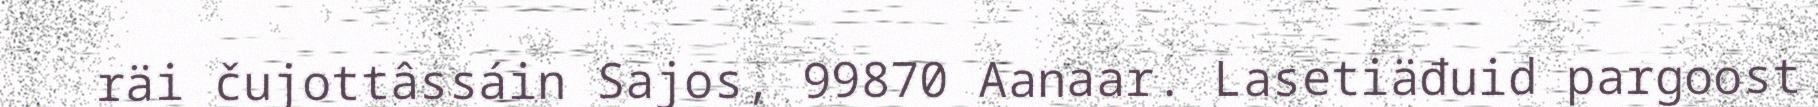
räi čujottâssáin Sajos, 99870 Aanaar. Lasetiäđuid pargoost